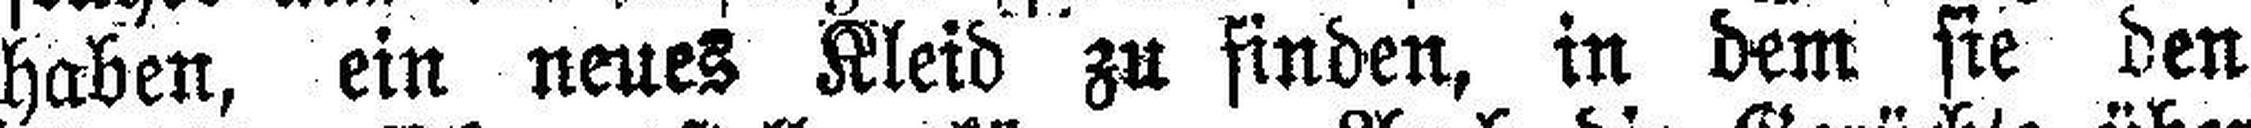
haben, ein neues Kleid zu finden, in dem sie den